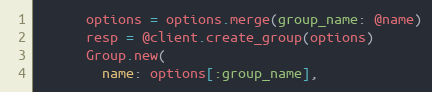
Language: Ruby
      options = options.merge(group_name: @name)
      resp = @client.create_group(options)
      Group.new(
        name: options[:group_name],